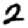
Digit: 2